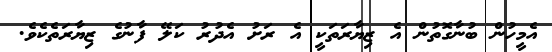
އެމީހުން ބުނާގޮތުން އެ ޒިޔާރަތަކީ އެ ރަށު އެދުރު ކަލޭ ފާނުގެ ޒިޔާރަތެކެވެ.